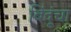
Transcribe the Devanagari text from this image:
बिंदूंचा